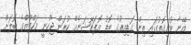
އޭނާ ބުނިގޮތުގައި ތިން ގަޑިއިރުގެ ބޮޑު އޮޕަރޭޝަނެއް ކުރަން ޖެހުނީ މަހްފޫޒްގެ ބޮލަށް